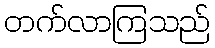
တက်လာကြသည်